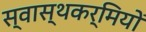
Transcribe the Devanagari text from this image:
स्वास्थकर्मियों